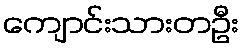
ကျောင်းသားတဦး